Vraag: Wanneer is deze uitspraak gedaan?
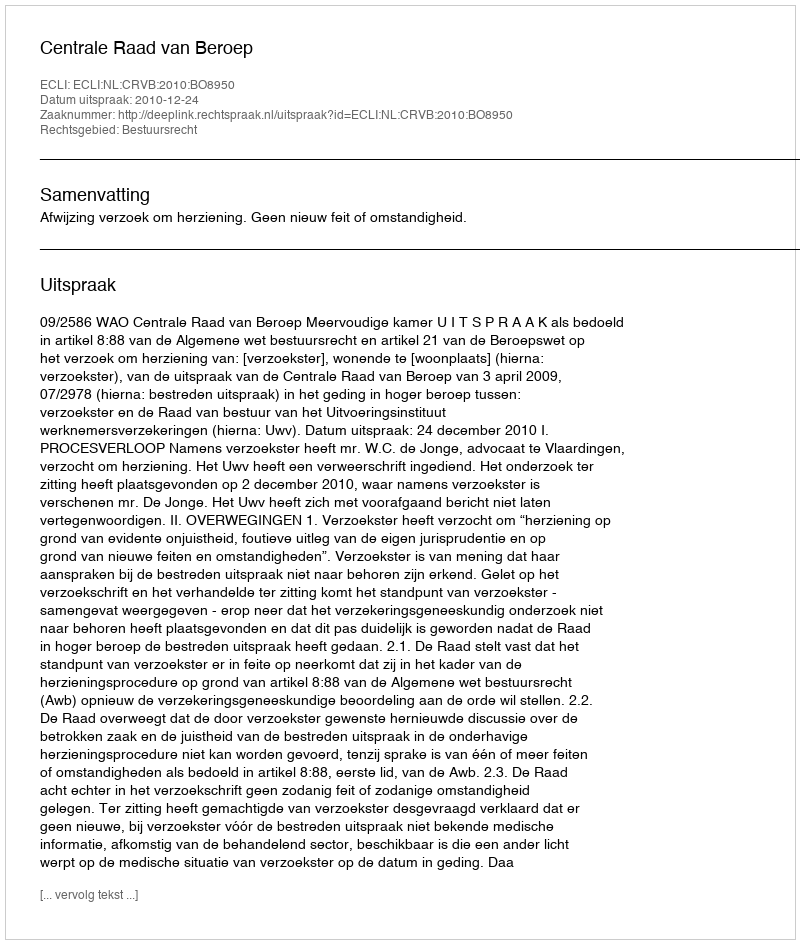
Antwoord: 2010-12-24